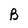
Character: B